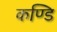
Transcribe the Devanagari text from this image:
कण्डि